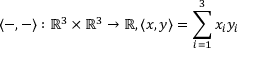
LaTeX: \langle - , - \rangle : \mathbb { R } ^ { 3 } \times \mathbb { R } ^ { 3 } \to \mathbb { R } , \langle x , y \rangle = \sum _ { i = 1 } ^ { 3 } x _ { i } y _ { i }